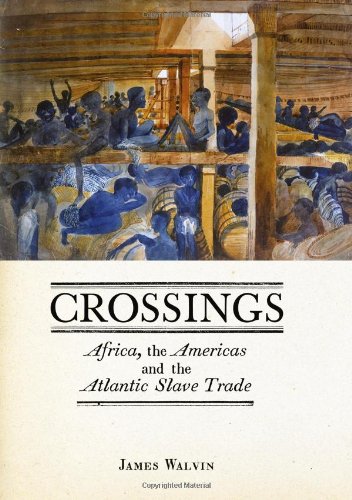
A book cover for Crossings: Africa, the Americas and the Atlantic Slave Trade; James Walvin; History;